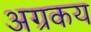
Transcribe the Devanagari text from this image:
अग्रकय